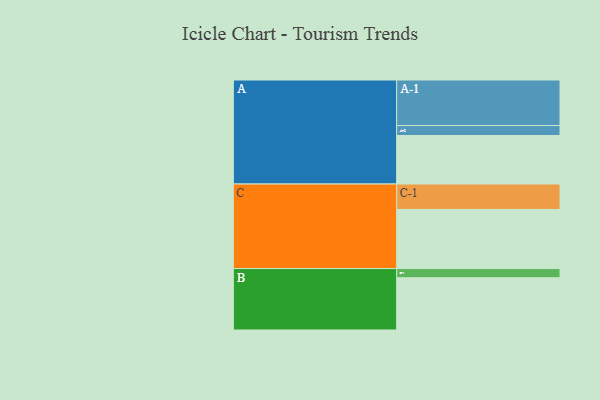
{"axis": {"x": "Segment", "y": "Value"}, "legend": ["", "A", "B", "C"], "data": [{"x": "A", "y": 311, "type": ""}, {"x": "B", "y": 335, "type": ""}, {"x": "C", "y": 379, "type": ""}, {"x": "A-1", "y": 292, "type": "A"}, {"x": "A-2", "y": 64, "type": "A"}, {"x": "B-1", "y": 59, "type": "B"}, {"x": "C-1", "y": 163, "type": "C"}]}